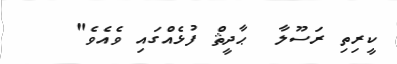
ކީރިތި ރަސޫލާ  ޙާދީޘް ފުޅެއްގައި ވެއެވެ"